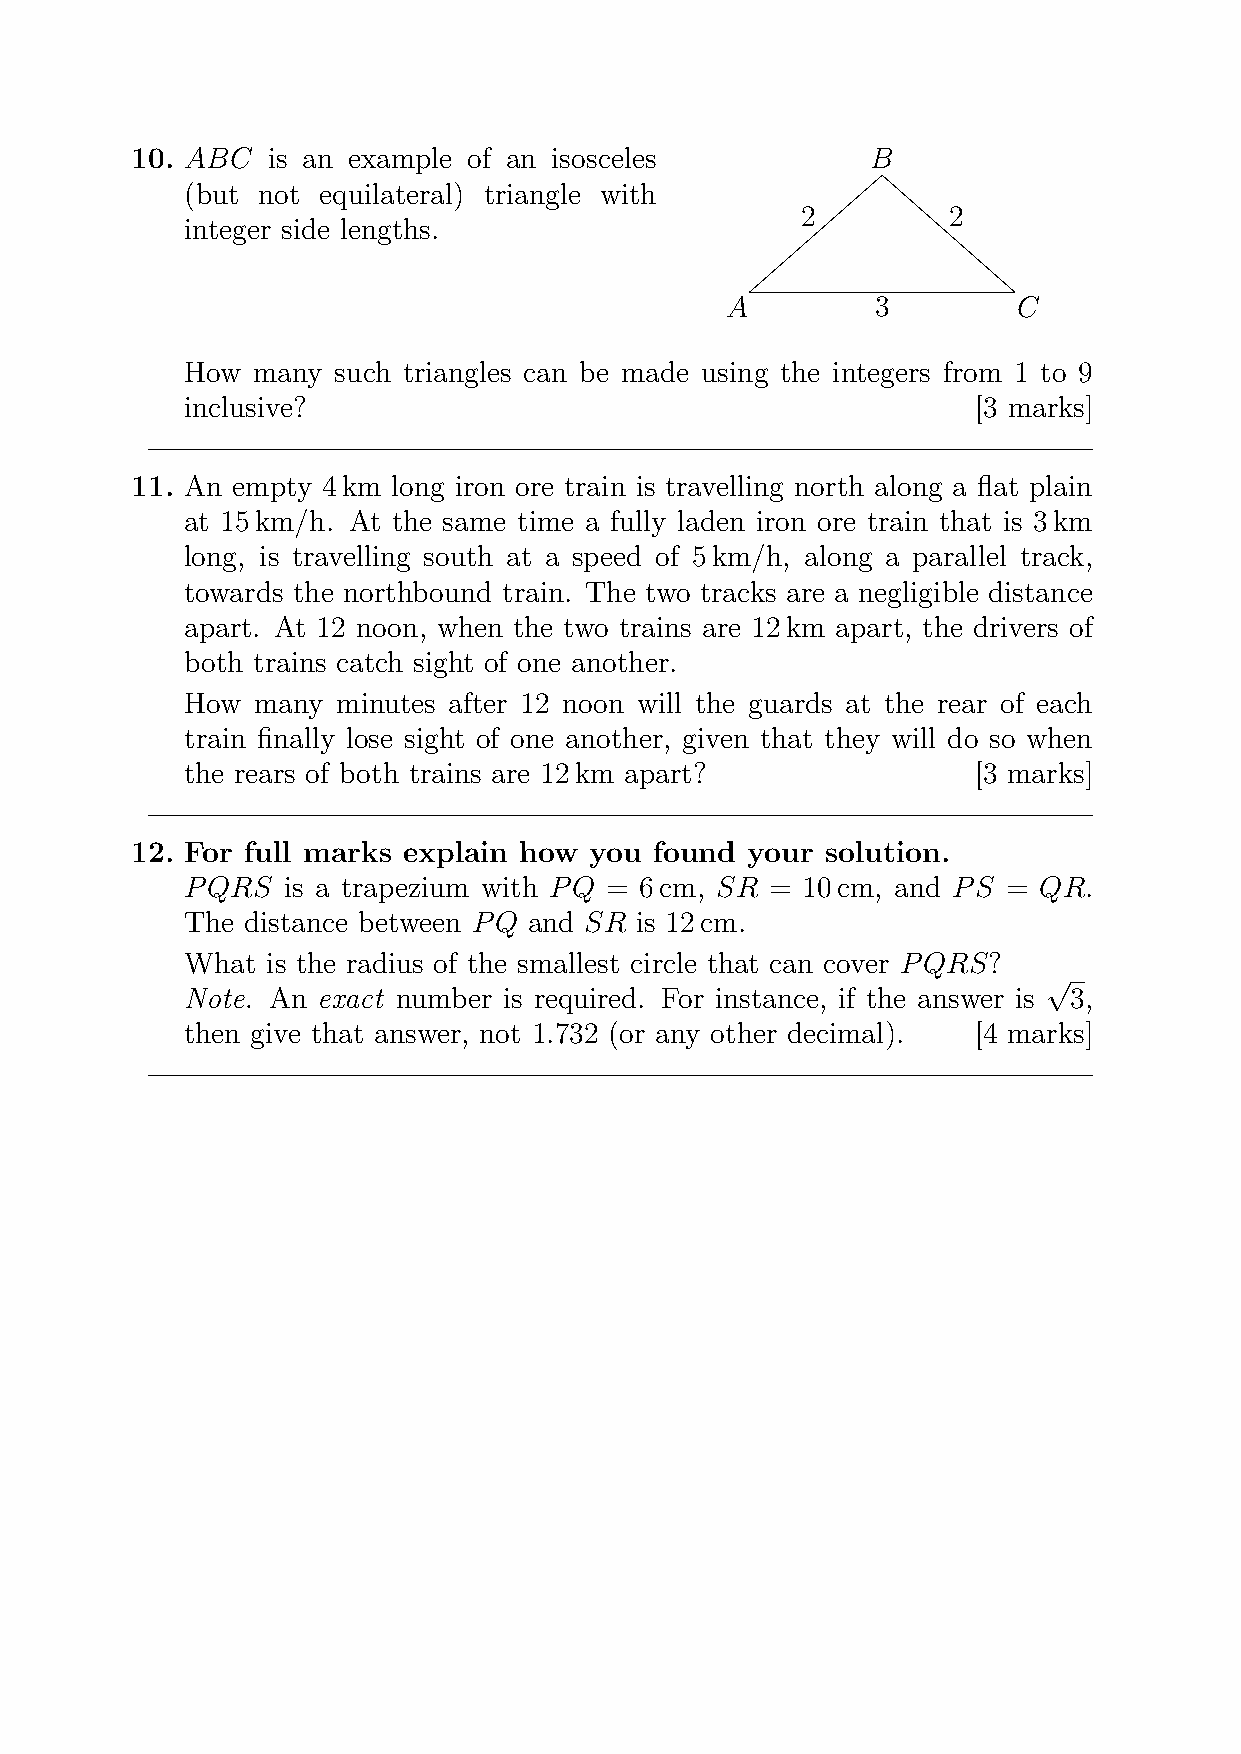
10. ABC  is an example of an isosceles           B
 (but not equilateral) triangle with
 2         2
 integer side lengths.
 A         3        C
 How  many such triangles can be made using the integers from 1 to 9
 inclusive?                                           [3 marks]
 11. An empty 4km long iron ore train is travelling north along a flat plain
 at 15km/h. At the same time a fully laden iron ore train that is 3km
 long, is travelling south at a speed of 5km/h, along a parallel track,
 towards the northbound train. The two tracks are a negligible distance
 apart. At 12 noon, when the two trains are 12km apart, the drivers of
 both trains catch sight of one another.
 How  many minutes after 12 noon will the guards at the rear of each
 train finally lose sight of one another, given that they will do so when
 the rears of both trains are 12km apart?             [3 marks]
 12. For full marks explain how you found your solution.
 PQRS   is a trapezium with PQ = 6cm, SR = 10cm, and PS = QR.
 The distance between PQ and SR is 12cm.
 What  is the radius of the smallest circle that can cover PQRS?
 √
 Note. An exact number is required. For instance, if the answer is 3,
 then give that answer, not 1.732 (or any other decimal). [4 marks]